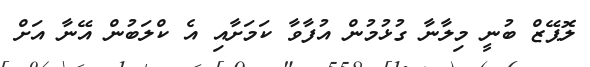
ލޮޕޭޒް ބުނީ މިލާނާ ގުޅުމުން އުފާވާ ކަމަށާއި އެ ކްލަބުން އޭނާ އަށް